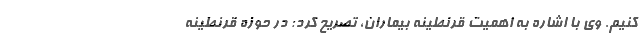
کنیم. وی با اشاره به اهمیت قرنطینه بیماران، تصریح کرد: در حوزه قرنطینه